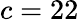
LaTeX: c=22